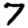
Digit: 7